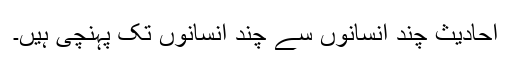
احادیث چند انسانوں سے چند انسانوں تک پہنچی ہیں۔